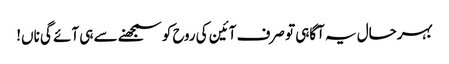
بہرحال یہ آگاہی تو صرف آئین کی روح کو سمجھنے سے ہی آئے گی ناں!